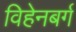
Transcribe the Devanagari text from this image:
विहेनबर्ग